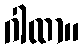
ဂါထာ။